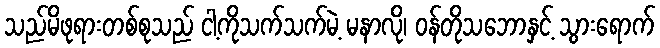
သည်မိဖုရားတစ်စုသည် ငါ့ကိုသက်သက်မဲ့ မနာလို၊ ဝန်တိုသဘောနှင့် သွားရောက်